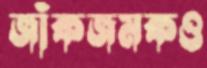
জাঁকজমকও